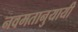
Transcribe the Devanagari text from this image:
नवमतानुयायी